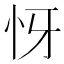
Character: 㤉